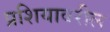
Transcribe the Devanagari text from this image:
प्रशियावरील